Report on vaccination in the Province of Bengal - 1874-1889
Year: 1874
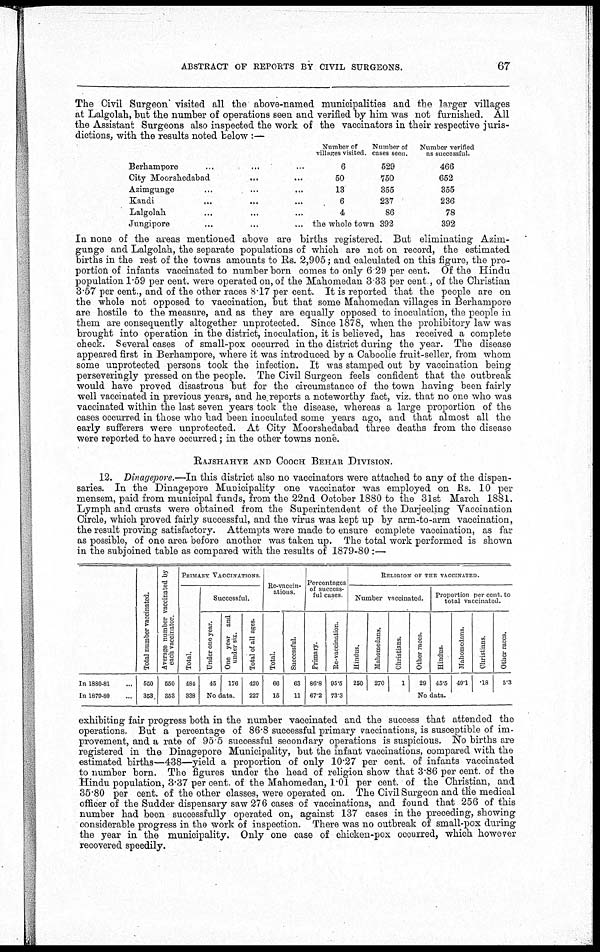
ABSTRACT OF REPORTS BY CIVIL SURGEONS.
67
The Civil Surgeon visited all the above-named municipalities and the larger villages
at Lalgolah, but the number of operations seen and verified by him was not furnished. All
the Assistant Surgeons also inspected the work of the vaccinators in their respective juris-
dictions, with the results noted below :—
Berhampore... ...
City Moorshedabad... ...
Azimgunge... ...
Kandi... ...
Lalgolah... ...
Jungipore... ...
Number of
villages visited.
6
50
13
6
4
the whole town
Number of
cases seen.
529
750
355
237
86
392
Number verified
as successful.
466
652
355
236
78
392
In none of the areas mentioned above are births registered. But eliminating Azim-
gunge and Lalgolah, the separate populations of which are not on record, the estimated
births in the rest of the towns amounts to Rs. 2,905; and calculated on this figure, the pro-
portion of infants vaccinated to number born comes to only 6 29 per cent. Of the Hindu
population 1.59 per cent. were operated on, of the Mahomedan 3.33 per cent, of the Christian
3.57 per cent., and of the other races 8.17 per cent. It is reported that the people are on
the whole not opposed to vaccination, but that some Mahomedan villages in Berhampore
are hostile to the measure, and as they are equally opposed to inoculation, the people in
them are consequently altogether unprotected. Since 1878, when the prohibitory law was
brought into operation in the district, inoculation, it is believed, has received a complete
check. Several cases of small-pox occurred in the district during the year. The disease
appeared first in Berhampore, where it was introduced by a Caboolie fruit-seller, from whom
some unprotected persons took the infection. It was stamped out by vaccination being
perseveringly pressed on the people. The Civil Surgeon feels confident that the outbreak
would have proved disastrous but for the circumstance of the town having been fairly
well vaccinated in previous years, and he reports a noteworthy fact, viz. that no one who was
vaccinated within the last seven years took the disease, whereas a large proportion of the
cases occurred in those who had been inoculated some years ago, and that almost all the
early sufferers were unprotected. At City Moorshedabad three deaths from the disease
were reported to have occurred; in the other towns none.
RAJSHAHYE AND COOCH BEHAR DIVISION.
12. Dinagepore.—In this district also no vaccinators were attached to any of the dispen-
saries. In the Dinagepore Municipality one vaccinator was employed on Rs. 10 per
mensem, paid from municipal funds, from the 22nd October 1880 to the 31st March 1881.
Lymph and crusts were obtained from the Superintendent of the Darjeeling Vaccination
Circle, which proved fairly successful, and the virus was kept up by arm-to-arm vaccination,
the result proving satisfactory. Attempts were made to ensure complete vaccination, as far
as possible, of one area before another was taken up. The total work performed is shown
in the subjoined table as compared with the results of 1879-80 :—
In 1880-81...
In 1879-80...
Total number vaccinated.
550
353
Average number vaccinated by
each vaccinator.
550
353
PRIMARY VACCINATIONS.
Total.
484
338
Successful.
Under one year.
45
One year and
under six.
176
No data.
Total of all ages.
420
227
Re-vaccin-
ations.
Total.
66
15
Successful.
63
11
Percentages
of success-
ful cases.
Primary.
86.8
67.2
Re-vaccination.
95.5
73.3
RELIGION OF THE VACCINATED.
Number vaccinated.
Hindus.
250
Mahomedans.
270
Christians.
1
Other races.
29
Proportion per cent. to
total vaccinated.
Hindus.
45.5
Mahomedans.
49.1
Christians.
.18
Other races.
5.3
No data.
exhibiting fair progress both in the number vaccinated and the success that attended the
operations. But a percentage of 86.8 successful primary vaccinations, is susceptible of im-
provement, and a rate of 95.5 successful secondary operations is suspicious. No births are
registered in the Dinagepore Municipality, but the infant vaccinations, compared with the
estimated births—438—yield a proportion of only 10.27 per cent. of infants vaccinated
to number born. The figures under the head of religion show that 3.86 per cent. of the
Hindu population, 3.37 per cent. of the Mahomedan, 1.01 per cent. of the Christian, and
35.80 per cent. of the other classes, were operated on. The Civil Surgeon and the medical
officer of the Sudder dispensary saw 276 cases of vaccinations, and found that 256 of this
number had been successfully operated on, against 137 cases in the preceding, showing
considerable progress in the work of inspection. There was no outbreak of small-pox during
the year in the municipality. Only one case of chicken-pox occurred, which however
recovered speedily.